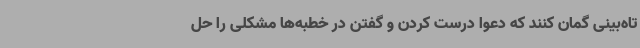
تاه‌بینی گمان کنند که دعوا درست کردن و گفتن در خطبه‌ها مشکلی را حل